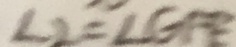
\angle 2 = \angle E F E